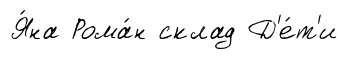
Я́на Рома́н склад Д'е́т'и